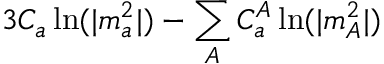
3 C _ { a } \ln ( | m _ { a } ^ { 2 } | ) - \sum _ { A } C _ { a } ^ { A } \ln ( | m _ { A } ^ { 2 } | )